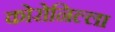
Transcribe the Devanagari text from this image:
कोरोनिल्ला